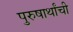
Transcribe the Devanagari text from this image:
पुरुषार्थांची